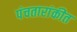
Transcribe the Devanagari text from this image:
पंचतारांकीत